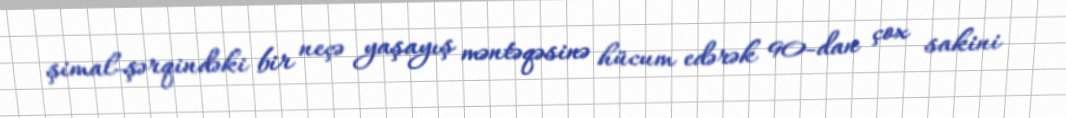
şimal-şərqindəki bir neçə yaşayış məntəqəsinə hücum edərək 90-dan çox sakini